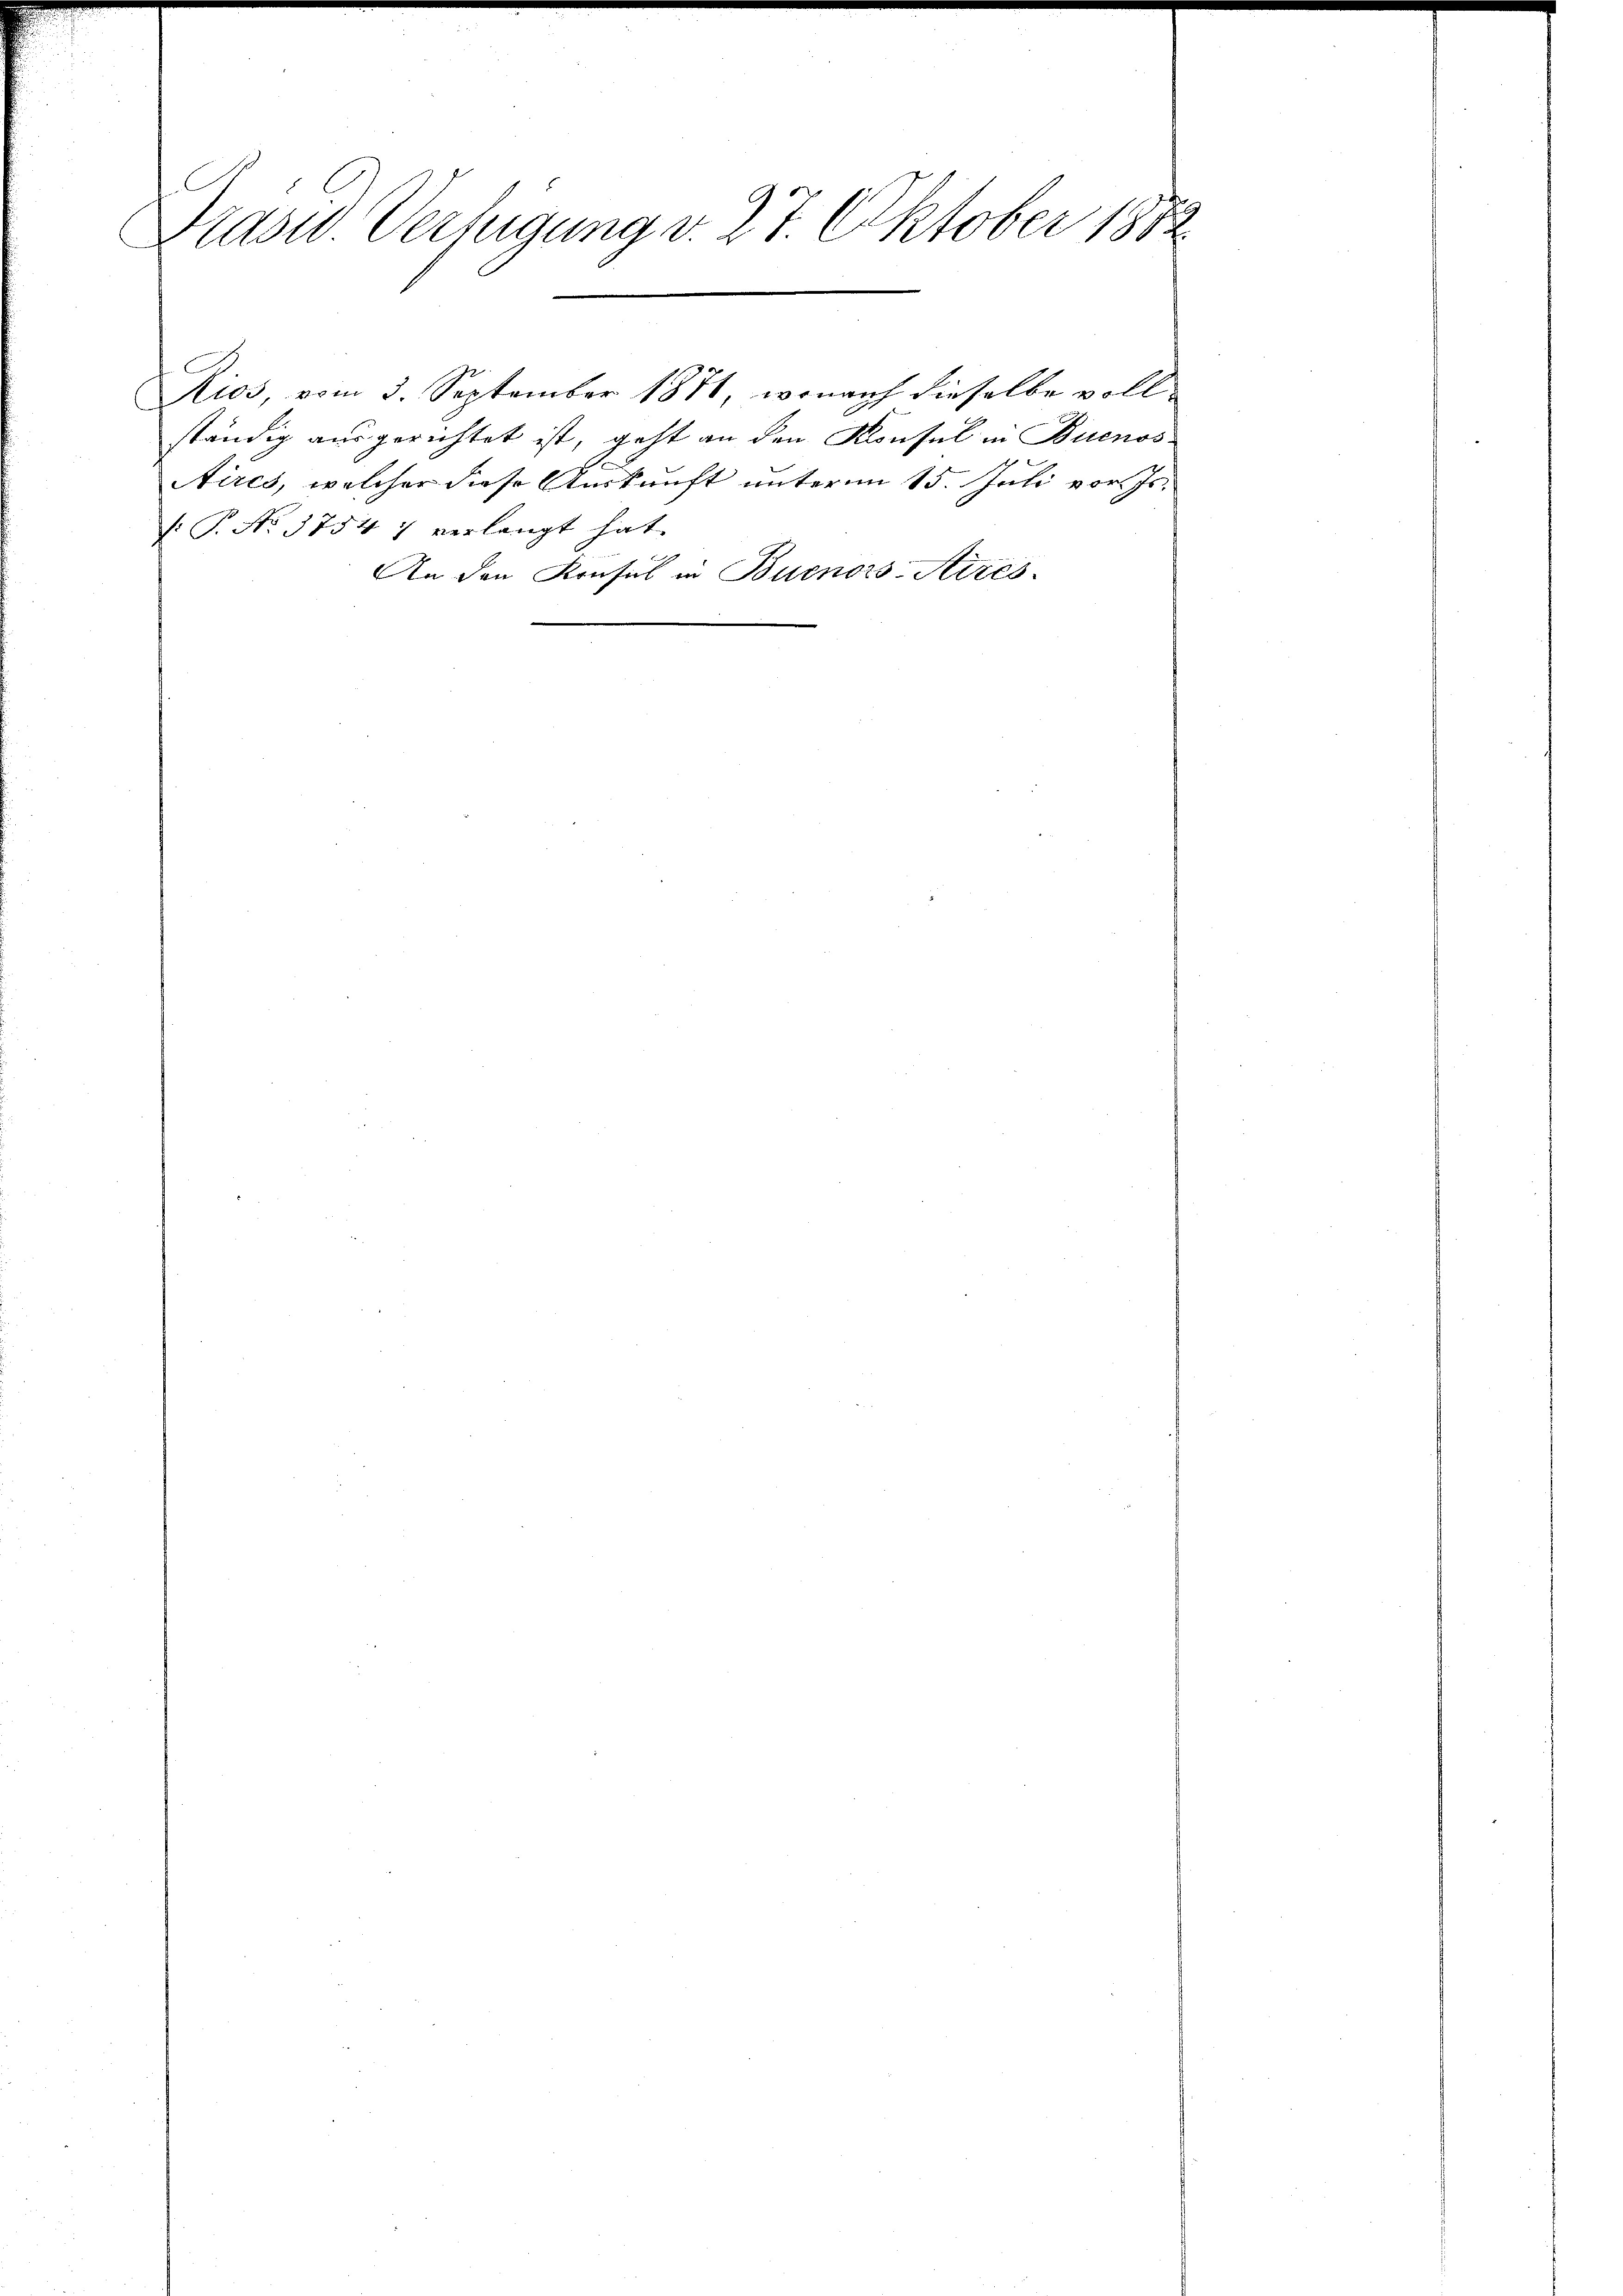
C
Prasid. Verfügung v. 27. Oktober 1882

ständig ausgerichtet ist, geht an den Konsul in Buenos
Nires, welcher diese Auskunft unterm 15. Juli vor. Js.
/: P. No. 3754. 7 verlangt hat.
An den Konsul in Buenos-Ayres-

Kios vom 3. September 1871, wonach dieselbe voll